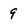
Character: 9